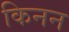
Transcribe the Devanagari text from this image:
किनन